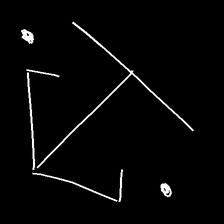
Glyph: earth